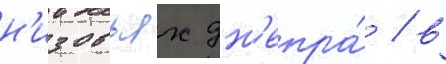
н'изовьях дн'епра́ / в